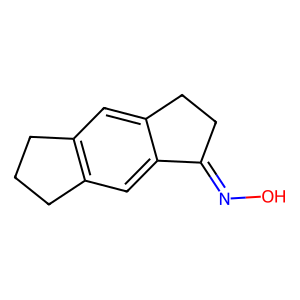
SMILES: ON=C1CCc2cc3c(cc21)CCC3
Inhibits HIV replication: No